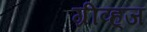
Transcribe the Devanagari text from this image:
ग्रीव्ह्‌ज